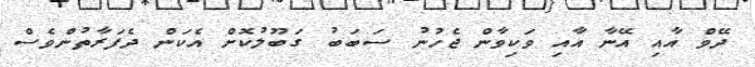
ދޭވް އާއި އޭނާ އާއި ވަކިވާން ޖެހުނު ސަބަބު ގަބޫލުކޮށް އެކަން ދެފަރާތުންވެސް